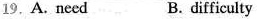
19.A. Need B.difficulty